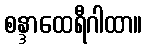
စန္ဒာထေရီဂါထာ။